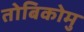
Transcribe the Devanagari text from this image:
तोबिकोमु